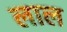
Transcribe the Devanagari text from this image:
लाल